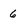
Character: 6